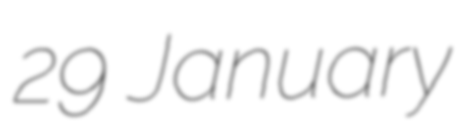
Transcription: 29 January